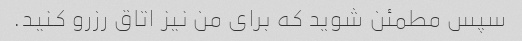
سپس مطمئن شوید که برای من نیز اتاق رزرو کنید.